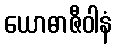
ယောဓာဇီဝါနံ